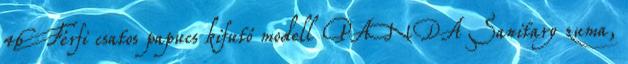
46 Férfi csatos papucs kifutó modell PANDA Sanitary zuma,